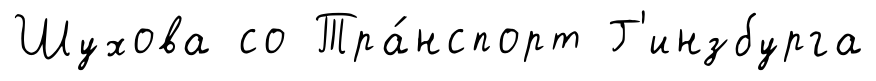
Шухова со Тра́нспорт Г'инзбурга